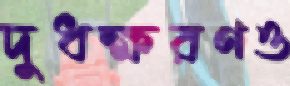
দুধক্ষরণও